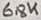
Text: 6,8K